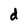
Character: d